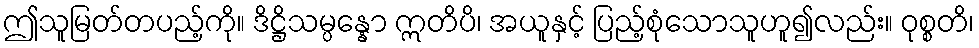
ဤသူမြတ်တပည့်ကို။ ဒိဋ္ဌိသမ္ပန္နော ဣတိပိ၊ အယူနှင့် ပြည့်စုံသောသူဟူ၍လည်း။ ဝုစ္စတိ၊